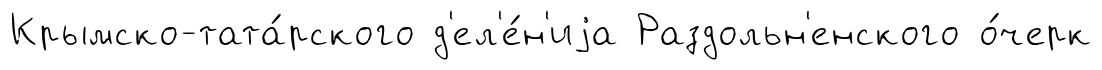
Крымско-тата́рского д'ел'е́н'иjа Раздольн'енского о́черк